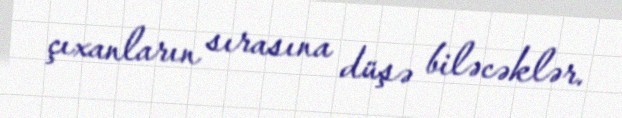
çıxanların sırasına düşə biləcəklər.